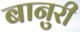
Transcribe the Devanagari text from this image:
बानुरी